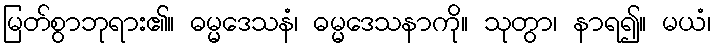
မြတ်စွာဘုရား၏။ ဓမ္မဒေသနံ၊ ဓမ္မဒေသနာကို။ သုတွာ၊ နာရ၍။ မယံ၊